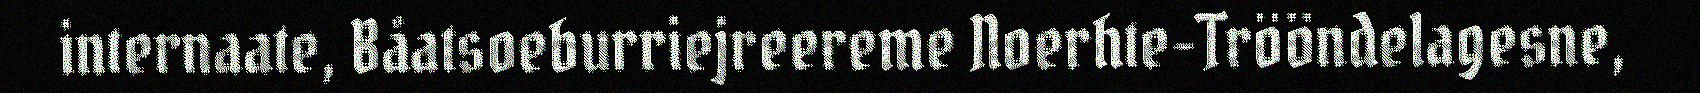
internaate, Båatsoeburriejreereme Noerhte-Trööndelagesne,